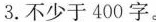
3.不少于400字。